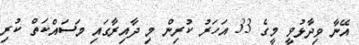
އޭނާ ވިދާޅުވީ މީގެ 33 އަހަރު ކުރިން މި ދާއިރާގައި މަސައްކަތް ކުރި